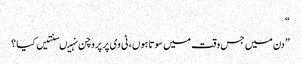
“
” دن میں جس وقت میں سوتا ہوں ، ٹی وی پر پروچن نہیںسنتیں کیا ؟